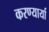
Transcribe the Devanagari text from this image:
करण्यार्या